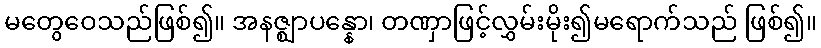
မတွေဝေသည်ဖြစ်၍။ အနဇ္ဈာပန္နော၊ တဏှာဖြင့်လွှမ်းမိုး၍မရောက်သည် ဖြစ်၍။